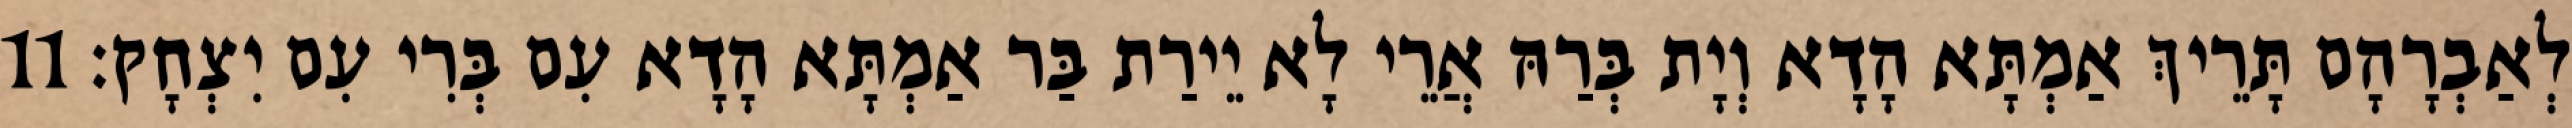
לְאַבְרָהָם תָּרֵיךְ אַמְתָּא הָדָא וְיָת בְּרַהּ אֲרֵי לָא יֵירַת בַּר אַמְתָּא הָדָא עִם בְּרִי עִם יִצְחָק׃ 11